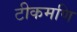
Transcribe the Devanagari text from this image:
टीकमणि